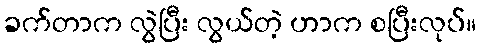
ခက်တာက လွဲပြီး လွယ်တဲ့ ဟာက စပြီးလုပ်။